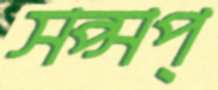
সপ্‌সপ্‌